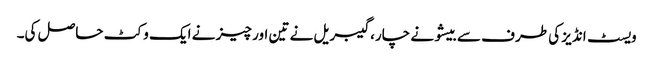
ویسٹ انڈیز کی طرف سے بیشو نے چار، گیبریل نے تین اور چیز نے ایک وکٹ حاصل کی۔